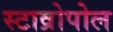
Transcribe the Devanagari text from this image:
स्टाव्रोपोल